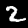
Label: 2